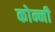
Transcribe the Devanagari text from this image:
कोन्नी